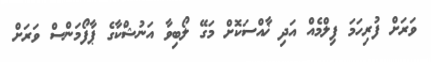
ވަރަށް ފުރިހަމަ ފިލްމެއް އަދި ޚާއްސަކޮށް މަގޭ ލޯބިވާ އަނުޝްކާގެ ޕާފޯމަންސް ވަރަށް